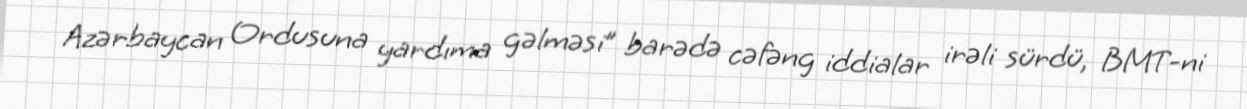
Azərbaycan Ordusuna yardıma gəlməsi” barədə cəfəng iddialar irəli sürdü, BMT-ni